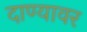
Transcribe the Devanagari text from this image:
दाण्यावर